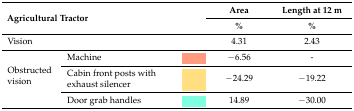
<table><thead><tr><td rowspan="2" colspan="3"><b>Agricultural Tractor</b></td><td><b>Area</b></td><td><b>Length at 12 m</b></td></tr><tr><td><b>%</b></td><td><b>%</b></td></tr></thead><tbody><tr><td colspan="2">Vision</td><td></td><td>4.31</td><td>2.43</td></tr><tr><td rowspan="3">Obstructed vision</td><td>Machine</td><td></td><td>−6.56</td><td>-</td></tr><tr><td>Cabin front posts with exhaust silencer</td><td></td><td>−24.29</td><td>−19.22</td></tr><tr><td>Door grab handles</td><td></td><td>14.89</td><td>−30.00</td></tr></tbody></table>